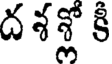
దశశ్లో కీ